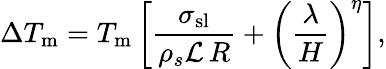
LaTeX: \Delta T_{\mathrm{m}}=T_{\mathrm{m}}\left[\frac{\sigma_{\mathrm{sl}}}{\rho_{s}\mathcal{L}\, R}+\left(\frac{\lambda}{H}\right)^{\eta}\right],